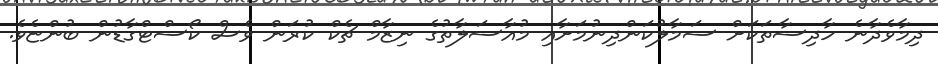
ދިމާވެދާނެ ހާދިސާތަކަށް ސަމާލުކަންދިނުމަށާއި މުއާސަލާތުގެ ނިޒާމް ޗެކް ކުރަން ވެސް ކޯސްޓްގާޑުން ބުންޏެވެ.